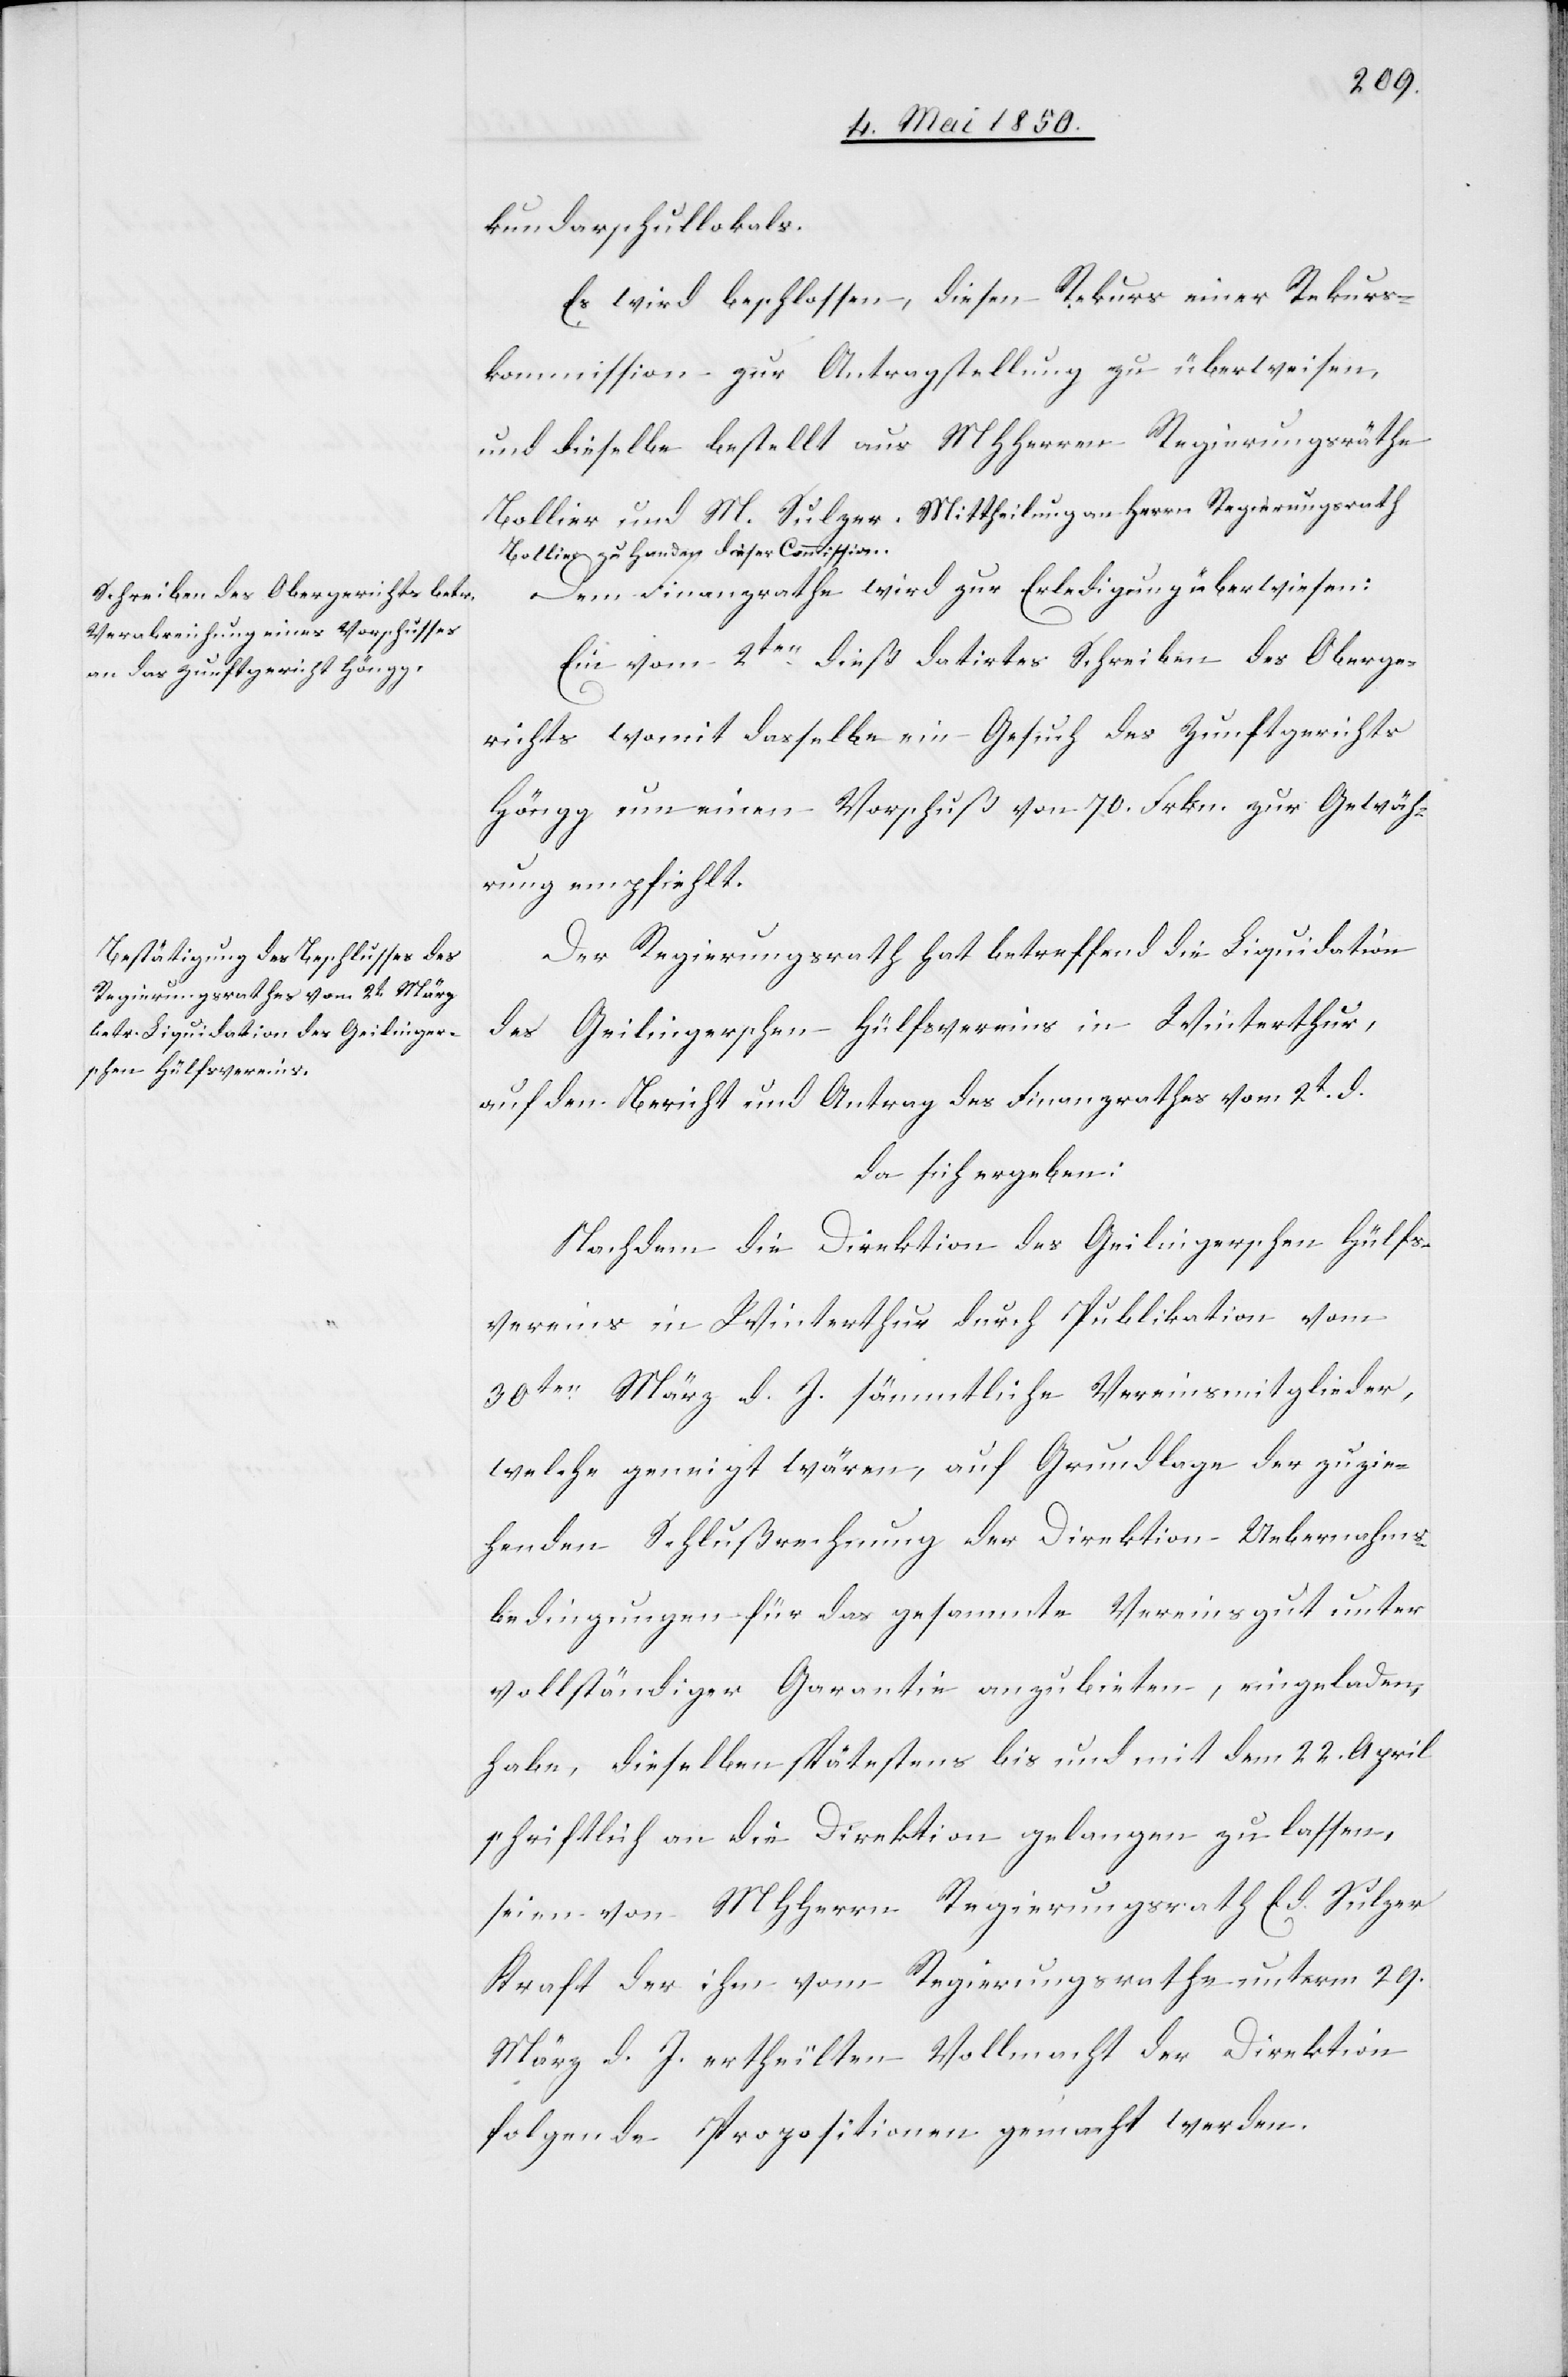
kundarschullokals.
Es wird beschlossen, diesen Rekurs einer Rekurs¬
kommission zur Antragstellung zu überweisen,
und dieselbe bestellt aus MHHerren Regierungsräthe
Bollier und M. Sulzer. Mittheilung an Herrn Regierungsrath
Bollier zu Handen dieser Commission.
Dem Finanzrathe wird zur Erledigung überwiesen:
Ein vom 2ten dieß datirtes Schreiben des Oberge¬
richts womit dasselbe ein Gesuch des Zunftgerichts
Höngg um einen Vorschuß von 70. Frkn. zur Gewäh¬
rung empfiehlt.
Der Regierungsrath hat betreffend die Liquidation
des Geilingerschen Hülfsvereins in Winterthur,
auf den Bericht und Antrag des Finanzrathes vom 2t d.
da sich ergeben:
Nachdem die Direktion des Geilingerschen Hülfs¬
vereins in Winterthur durch Publikation vom
30ten März d. J. sämmtliche Vereinsmitglieder,
welche geneigt wären, auf Grundlage der zu zie¬
henden Schlußrechnung der Direktion Uebernahms¬
bedingungen für das gesammte Vereinsgut unter
vollständiger Garantie anzubieten, eingeladen
habe, dieselben spätestens bis und mit dem 22. April
schriftlich an die Direktion gelangen zu lassen,
seien von MHHerrn Regierungsrath Ed. Sulzer
Kraft der ihm vom Regierungsrathe unterm 29.
März d. J. ertheilten Vollmacht der Direktion
folgende Propositionen gemacht werden.